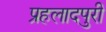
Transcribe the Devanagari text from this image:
प्रहलादपुरी